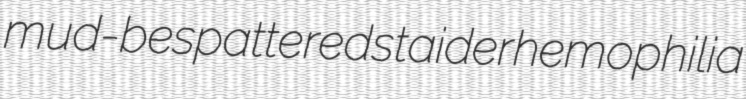
mud-bespattered staider hemophilia